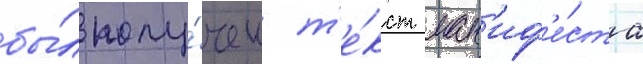
бы́л полу́чен т'е́кст ман'иф'е́ста